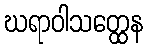
ဃရာဝါသတ္ထေန